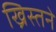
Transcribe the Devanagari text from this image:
ख्रिस्तने